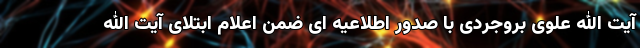
آیت الله علوی بروجردی با صدور اطلاعیه ای ضمن اعلام ابتلای آیت الله